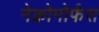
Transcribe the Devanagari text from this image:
नेक्रोमोर्फस